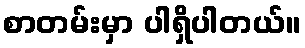
စာတမ်းမှာ ပါရှိပါတယ်။